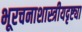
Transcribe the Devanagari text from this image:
भूरचनाशास्त्रीयदृष्ट्या